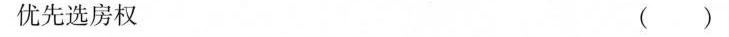
优先选房权 ( )